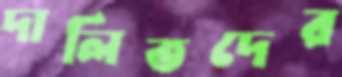
দালিতদের